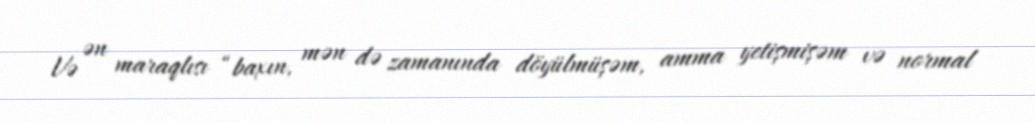
Və ən maraqlısı “baxın, mən də zamanında döyülmüşəm, amma yetişmişəm və normal